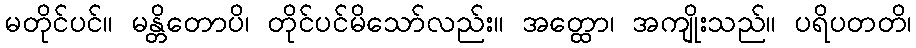
မတိုင်ပင်။ မန္တိတောပိ၊ တိုင်ပင်မိသော်လည်း။ အတ္ထော၊ အကျိုးသည်။ ပရိပတတိ၊